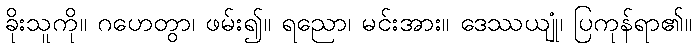
ခိုးသူကို။ ဂဟေတွာ၊ ဖမ်း၍။ ရညော၊ မင်းအား။ ဒေဿယျုံ၊ ပြကုန်ရာ၏။